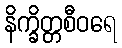
နိက္ခိတ္တစီဝရေ